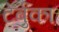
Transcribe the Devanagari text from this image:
टेर्बुका